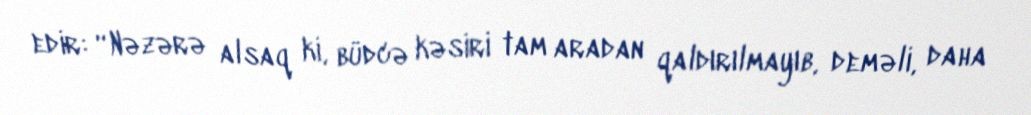
edir: “Nəzərə alsaq ki, büdcə kəsiri tam aradan qaldırılmayıb, deməli, daha